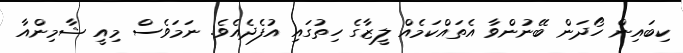
ކިބައިން ހޯދަން ބޭނުންވާ އެތައްކަމެެއް ލީޒާގެ ހިތުގައި އުފެދެއެވެ. ނަމަވެސް މިއީ ޝާމިންއާ